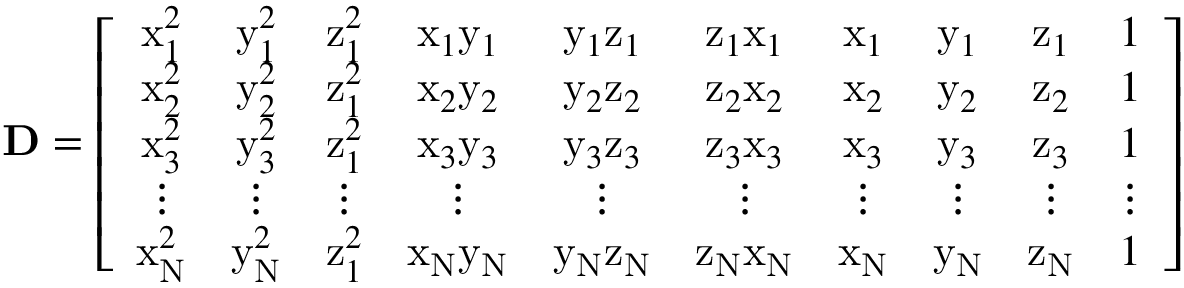
\mathbf { D } = \left[ \begin{array} { c c c c c c c c c c } { \mathrm { x } _ { 1 } ^ { 2 } } & { \mathrm { y } _ { 1 } ^ { 2 } } & { \mathrm { z } _ { 1 } ^ { 2 } } & { \mathrm { x } _ { 1 } \mathrm { y } _ { 1 } } & { \mathrm { y } _ { 1 } \mathrm { z } _ { 1 } } & { \mathrm { z } _ { 1 } \mathrm { x } _ { 1 } } & { \mathrm { x } _ { 1 } } & { \mathrm { y } _ { 1 } } & { \mathrm { z } _ { 1 } } & { 1 } \\ { \mathrm { x } _ { 2 } ^ { 2 } } & { \mathrm { y } _ { 2 } ^ { 2 } } & { \mathrm { z } _ { 1 } ^ { 2 } } & { \mathrm { x } _ { 2 } \mathrm { y } _ { 2 } } & { \mathrm { y } _ { 2 } \mathrm { z } _ { 2 } } & { \mathrm { z } _ { 2 } \mathrm { x } _ { 2 } } & { \mathrm { x } _ { 2 } } & { \mathrm { y } _ { 2 } } & { \mathrm { z } _ { 2 } } & { 1 } \\ { \mathrm { x } _ { 3 } ^ { 2 } } & { \mathrm { y } _ { 3 } ^ { 2 } } & { \mathrm { z } _ { 1 } ^ { 2 } } & { \mathrm { x } _ { 3 } \mathrm { y } _ { 3 } } & { \mathrm { y } _ { 3 } \mathrm { z } _ { 3 } } & { \mathrm { z } _ { 3 } \mathrm { x } _ { 3 } } & { \mathrm { x } _ { 3 } } & { \mathrm { y } _ { 3 } } & { \mathrm { z } _ { 3 } } & { 1 } \\ { \vdots } & { \vdots } & { \vdots } & { \vdots } & { \vdots } & { \vdots } & { \vdots } & { \vdots } & { \vdots } & { \vdots } \\ { \mathrm { x } _ { \mathrm { N } } ^ { 2 } } & { \mathrm { y } _ { \mathrm { N } } ^ { 2 } } & { \mathrm { z } _ { 1 } ^ { 2 } } & { \mathrm { x } _ { \mathrm { N } } \mathrm { y } _ { \mathrm { N } } } & { \mathrm { y } _ { \mathrm { N } } \mathrm { z } _ { \mathrm { N } } } & { \mathrm { z } _ { \mathrm { N } } \mathrm { x } _ { \mathrm { N } } } & { \mathrm { x } _ { \mathrm { N } } } & { \mathrm { y } _ { \mathrm { N } } } & { \mathrm { z } _ { \mathrm { N } } } & { 1 } \end{array} \right]